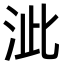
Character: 泚